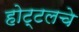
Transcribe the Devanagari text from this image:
होट्टलचे